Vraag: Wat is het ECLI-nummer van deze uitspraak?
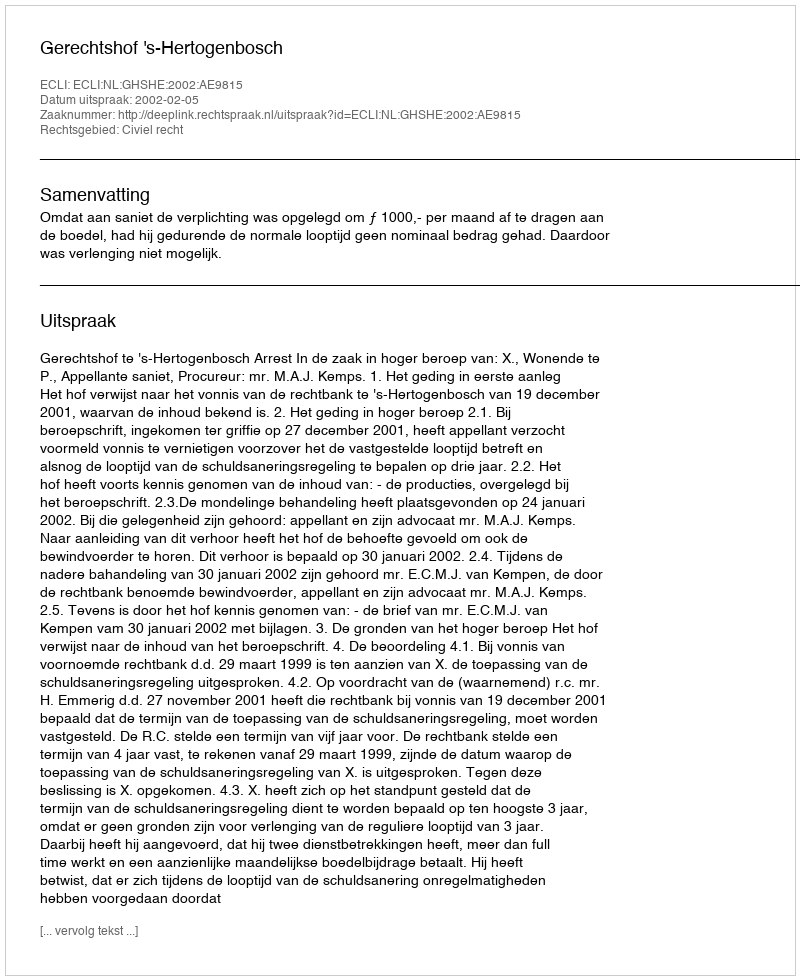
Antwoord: ECLI:NL:GHSHE:2002:AE9815